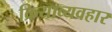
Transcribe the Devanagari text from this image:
क्रियाव्यवहार